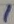
Text: 1